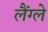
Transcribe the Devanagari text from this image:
लैंग्ले